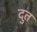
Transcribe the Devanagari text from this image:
दुत